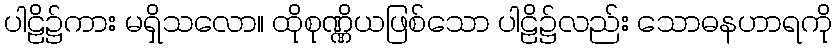
ပါဠိ၌ကား မရှိသလော။ ထိုစုဏ္ဏိယဖြစ်သော ပါဠိ၌လည်း သောဓနဟာရကို